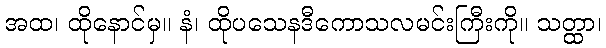
အထ၊ ထိုနောင်မှ။ နံ၊ ထိုပသေနဒီကောသလမင်းကြီးကို။ သတ္ထာ၊